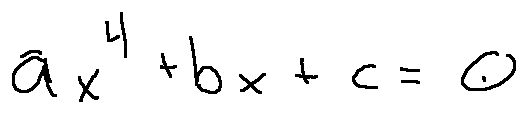
a x ^ { 4 } + b x + c = 0